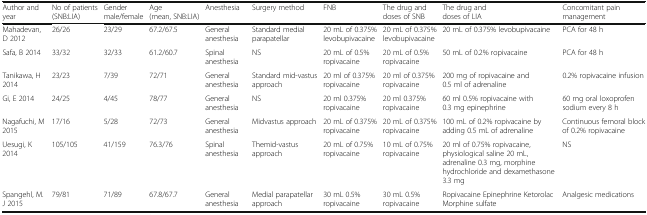
| Author and year | No of patients (SNB:LIA) | Gender male/female | Age (mean, SNB:LIA) | Anesthesia | Surgery method | FNB | The drug and doses of SNB | The drug and doses of LIA | Concomitant pain management |
 | --- | --- | --- | --- | --- | --- | --- | --- | --- | --- |
 | Mahadevan, D 2012 | 26/26 | 23/29 | 67.2/67.5 | General anesthesia | Standard medial parapatellar | 20 mL of 0.375% levobupivacaine | 20 mL of 0.375% levobupivacaine | 20 mL of 0.375% levobupivacaine | PCA for 48 h |
 | Safa, B 2014 | 33/32 | 32/33 | 61.2/60.7 | Spinal anesthesia | NS | 20 mL of 0.5% ropivacaine | 20 mL of 0.5% ropivacaine | 50 mL of 0.2% ropivacaine | PCA for 48 h |
 | Tanikawa, H 2014 | 23/23 | 7/39 | 72/71 | General anesthesia | Standard mid-vastus approach | 20 ml of 0.375% ropivacaine | 20 ml of 0.375% ropivacaine | 200 mg of ropivacaine and 0.5 ml of adrenaline | 0.2% ropivacaine infusion |
 | Gi, E 2014 | 24/25 | 4/45 | 78/77 | General anesthesia | NS | 20 ml 0.375% ropivacaine | 20 ml 0.375% ropivacaine | 60 ml 0.5% ropivacaine with 0.3 mg epinephrine | 60 mg oral loxoprofen sodium every 8 h |
 | Nagafuchi, M 2015 | 17/16 | 5/28 | 72/73 | General anesthesia | Midvastus approach | 20 mL of 0.375% ropivacaine | 20 mL of 0.375% ropivacaine | 100 mL of 0.2% ropivacaine by adding 0.5 mL of adrenaline | Continuous femoral block of 0.2% ropivacaine |
 | Uesugi, K 2014 | 105/105 | 41/159 | 76.3/76 | Spinal anesthesia | Themid-vastus approach | 20 mL of 0.75% ropivacaine | 10 mL of 0.75% ropivacaine | 20 ml of 0.75% ropivacaine, physiological saline 20 mL, adrenaline 0.3 mg, morphine hydrochloride and dexamethasone 3.3 mg | NS |
 | Spangehl, M. J 2015 | 79/81 | 71/89 | 67.8/67.7 | General anesthesia | Medial parapatellar approach | 30 mL 0.5% ropivacaine | 30 mL 0.5% ropivacaine | Ropivacaine Epinephrine Ketorolac Morphine sulfate | Analgesic medications |